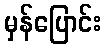
မှန်ပြောင်း